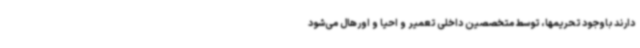
دارند باوجود تحریمها، توسط متخصصین داخلی تعمیر و احیا و اورهال می‌شود